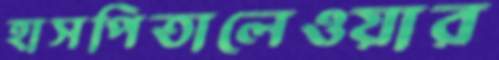
হাসপিতালেওয়ার